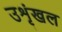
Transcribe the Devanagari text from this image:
उशृंखल